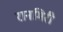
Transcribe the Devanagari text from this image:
रानमिरी